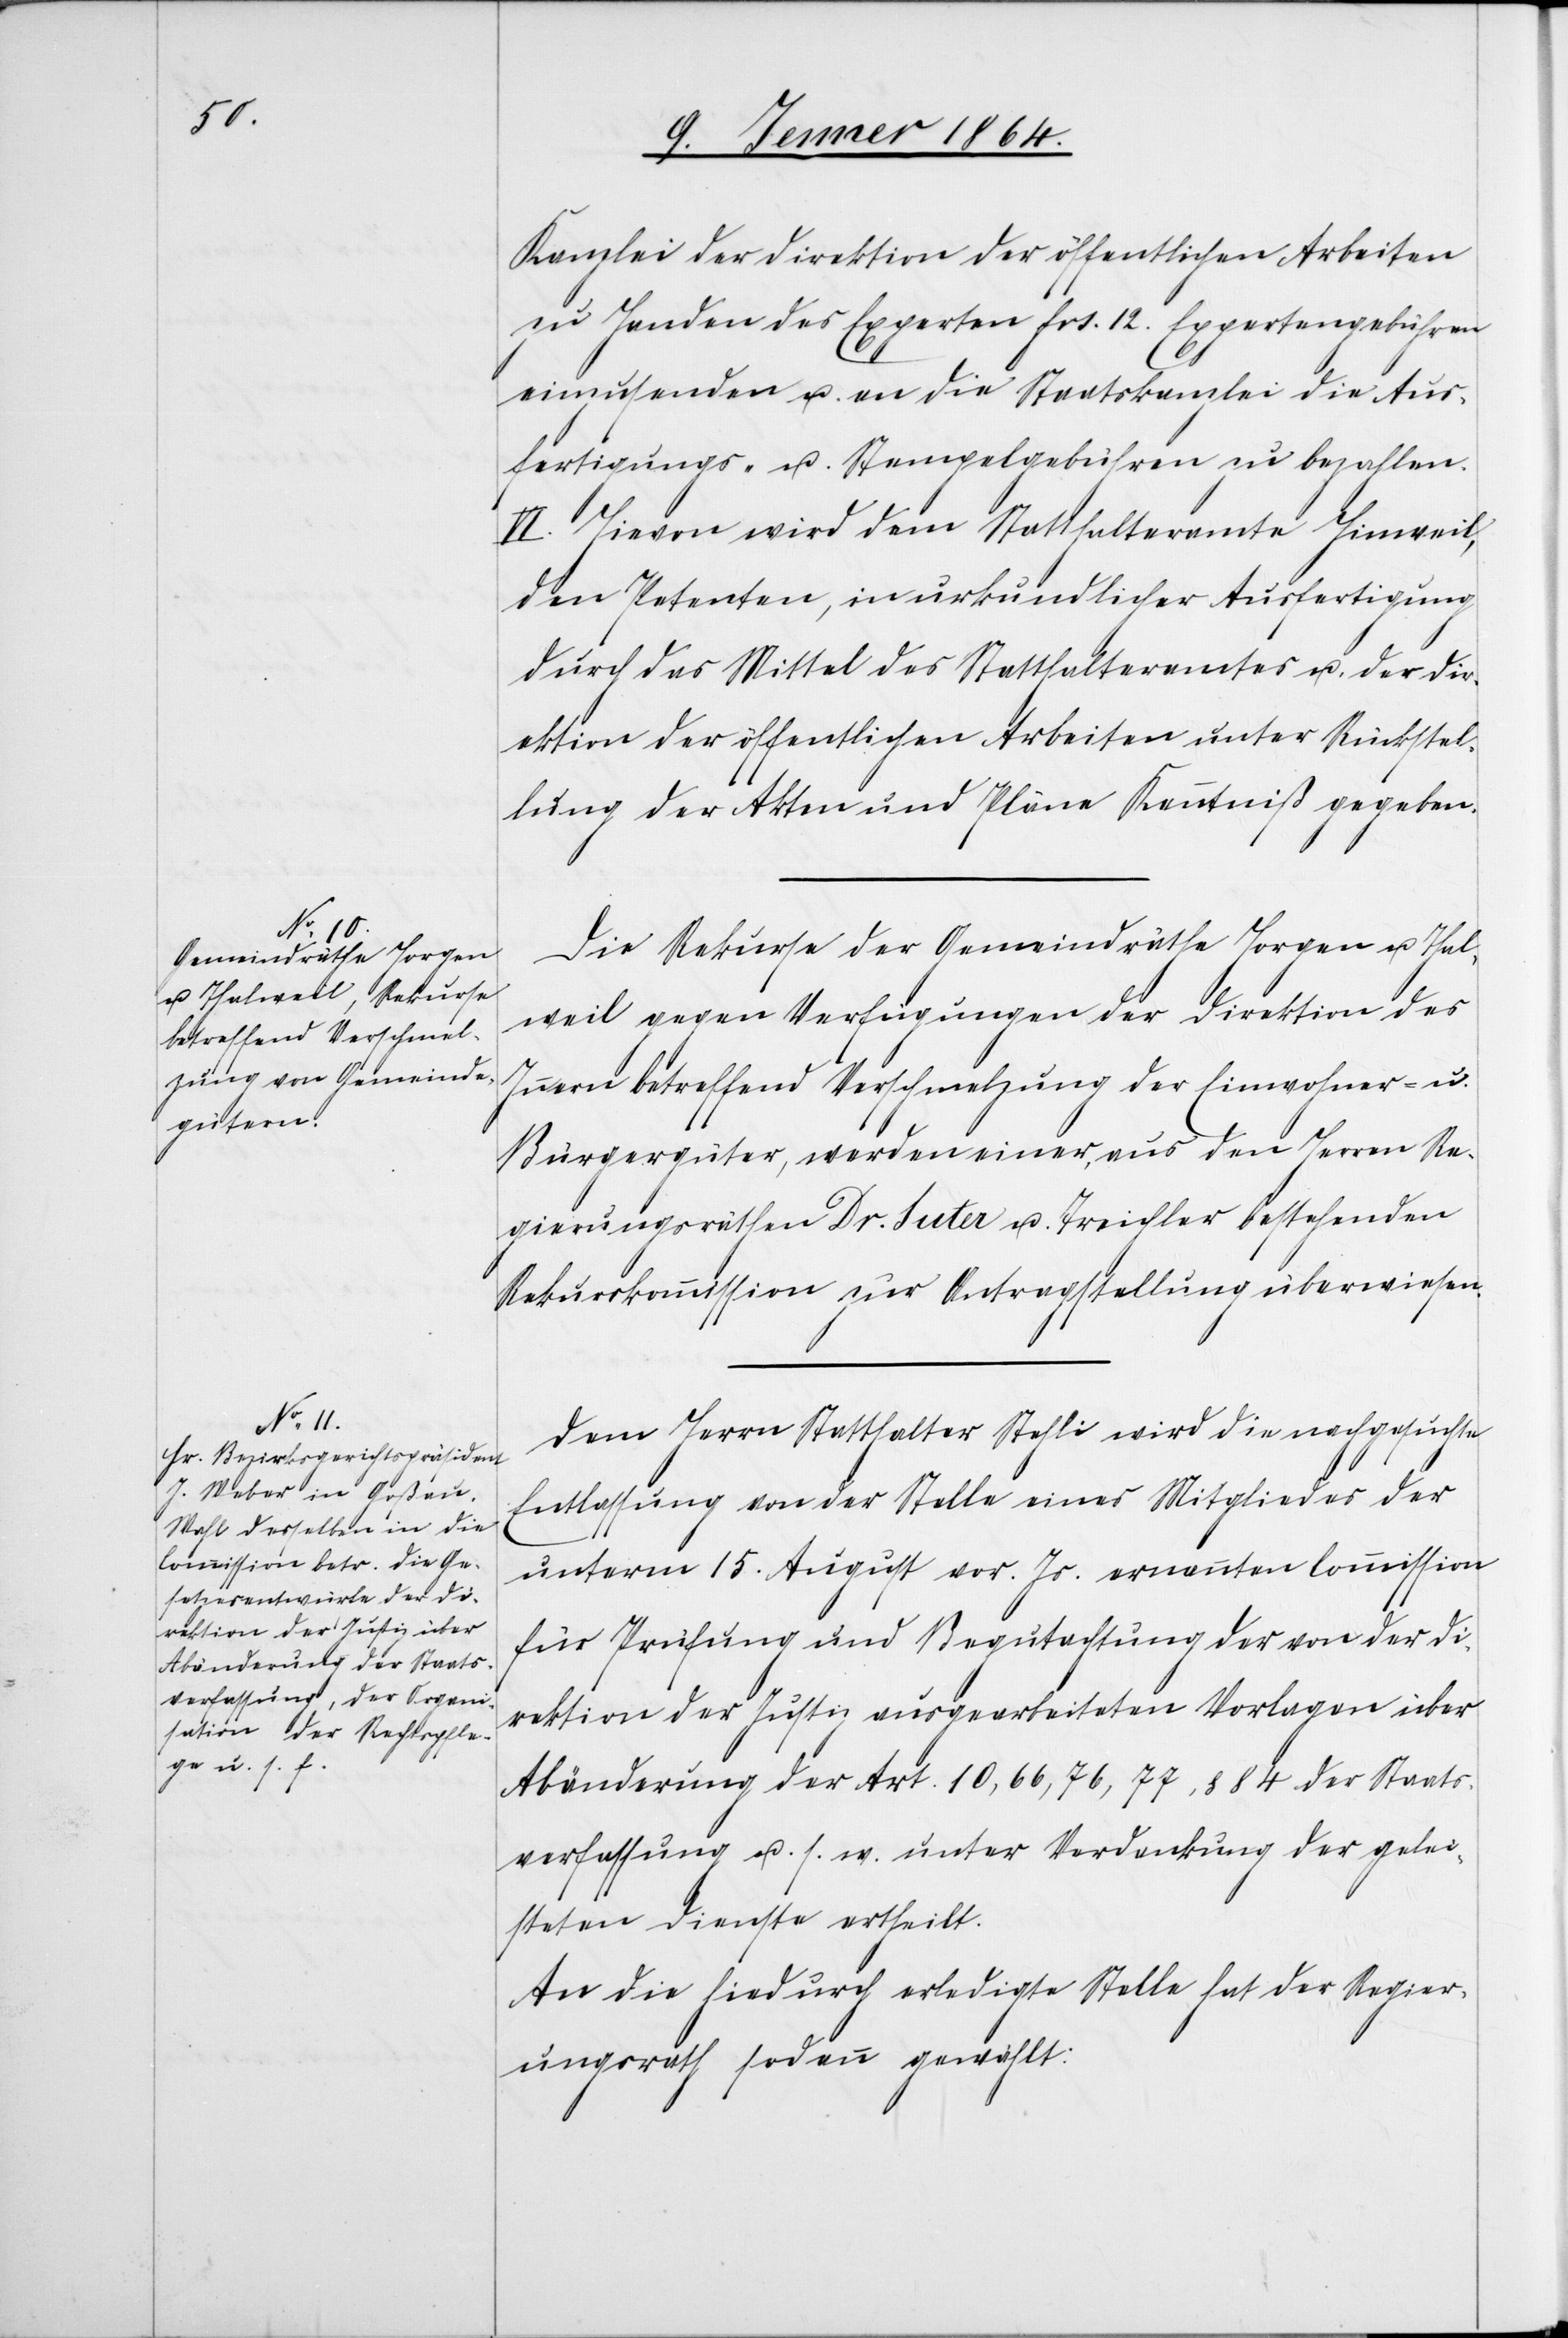
Kanzlei der Direktion der öffentlichen Arbeiten
zu Handen der Experten frs. 12. Expertengebühren
einzusenden u. an die Staatskanzlei die Aus¬
fertigungs- u. Stempelgebühren zu bezahlen.
VI. Hievon wird dem Statthalteramte Hinweil,
den Petenten, in urkundlicher Ausfertigung
durch das Mittel des Statthalteramtes u. der Dir¬
ektion der öffentlichen Arbeiten unter Rückstel¬
lung der Akten und Pläne Kenntniß gegeben.
Die Rekurse der Gemeindräthe Horgen u. Thal¬
weil gegen Verfügungen der Direktion des
Innern betreffend Verschmelzung der Einwohner- u.
Bürgergüter, werden einer, aus den Herren Re¬
gierungsräthen Dr. Suter u. Treicher bestehenden
Rekurskommission zur Antragsstellung überwiesen.
Dem Herrn Statthalter Stehli wird die nachgesuchte
Entlassung von der Stelle eines Mitgliedes der
unterm 15. August vor. Js. ernannten Commission
für Prüfung und Begutachtung der von der Di¬
rektion der Justiz ausgearbeiteten Vorlagen über
Abänderung der Art. 10, 66, 76, 77, § 84 der Staats¬
verfassung u. s. w. unter Verdankung der gelei¬
steten Dienste ertheilt.
An die hiedurch erledigte Stelle hat der Regier¬
ungsrath sodann gewählt: